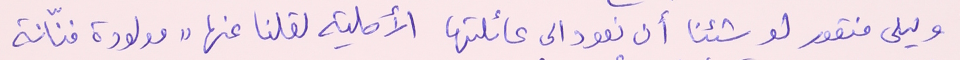
وليلى منقور لو شئنا أن نعود الى عائلتها الأصلية لقلنا عنها "مولودة فنّانة